EAOK_Mustjala_kogudus, lk 3
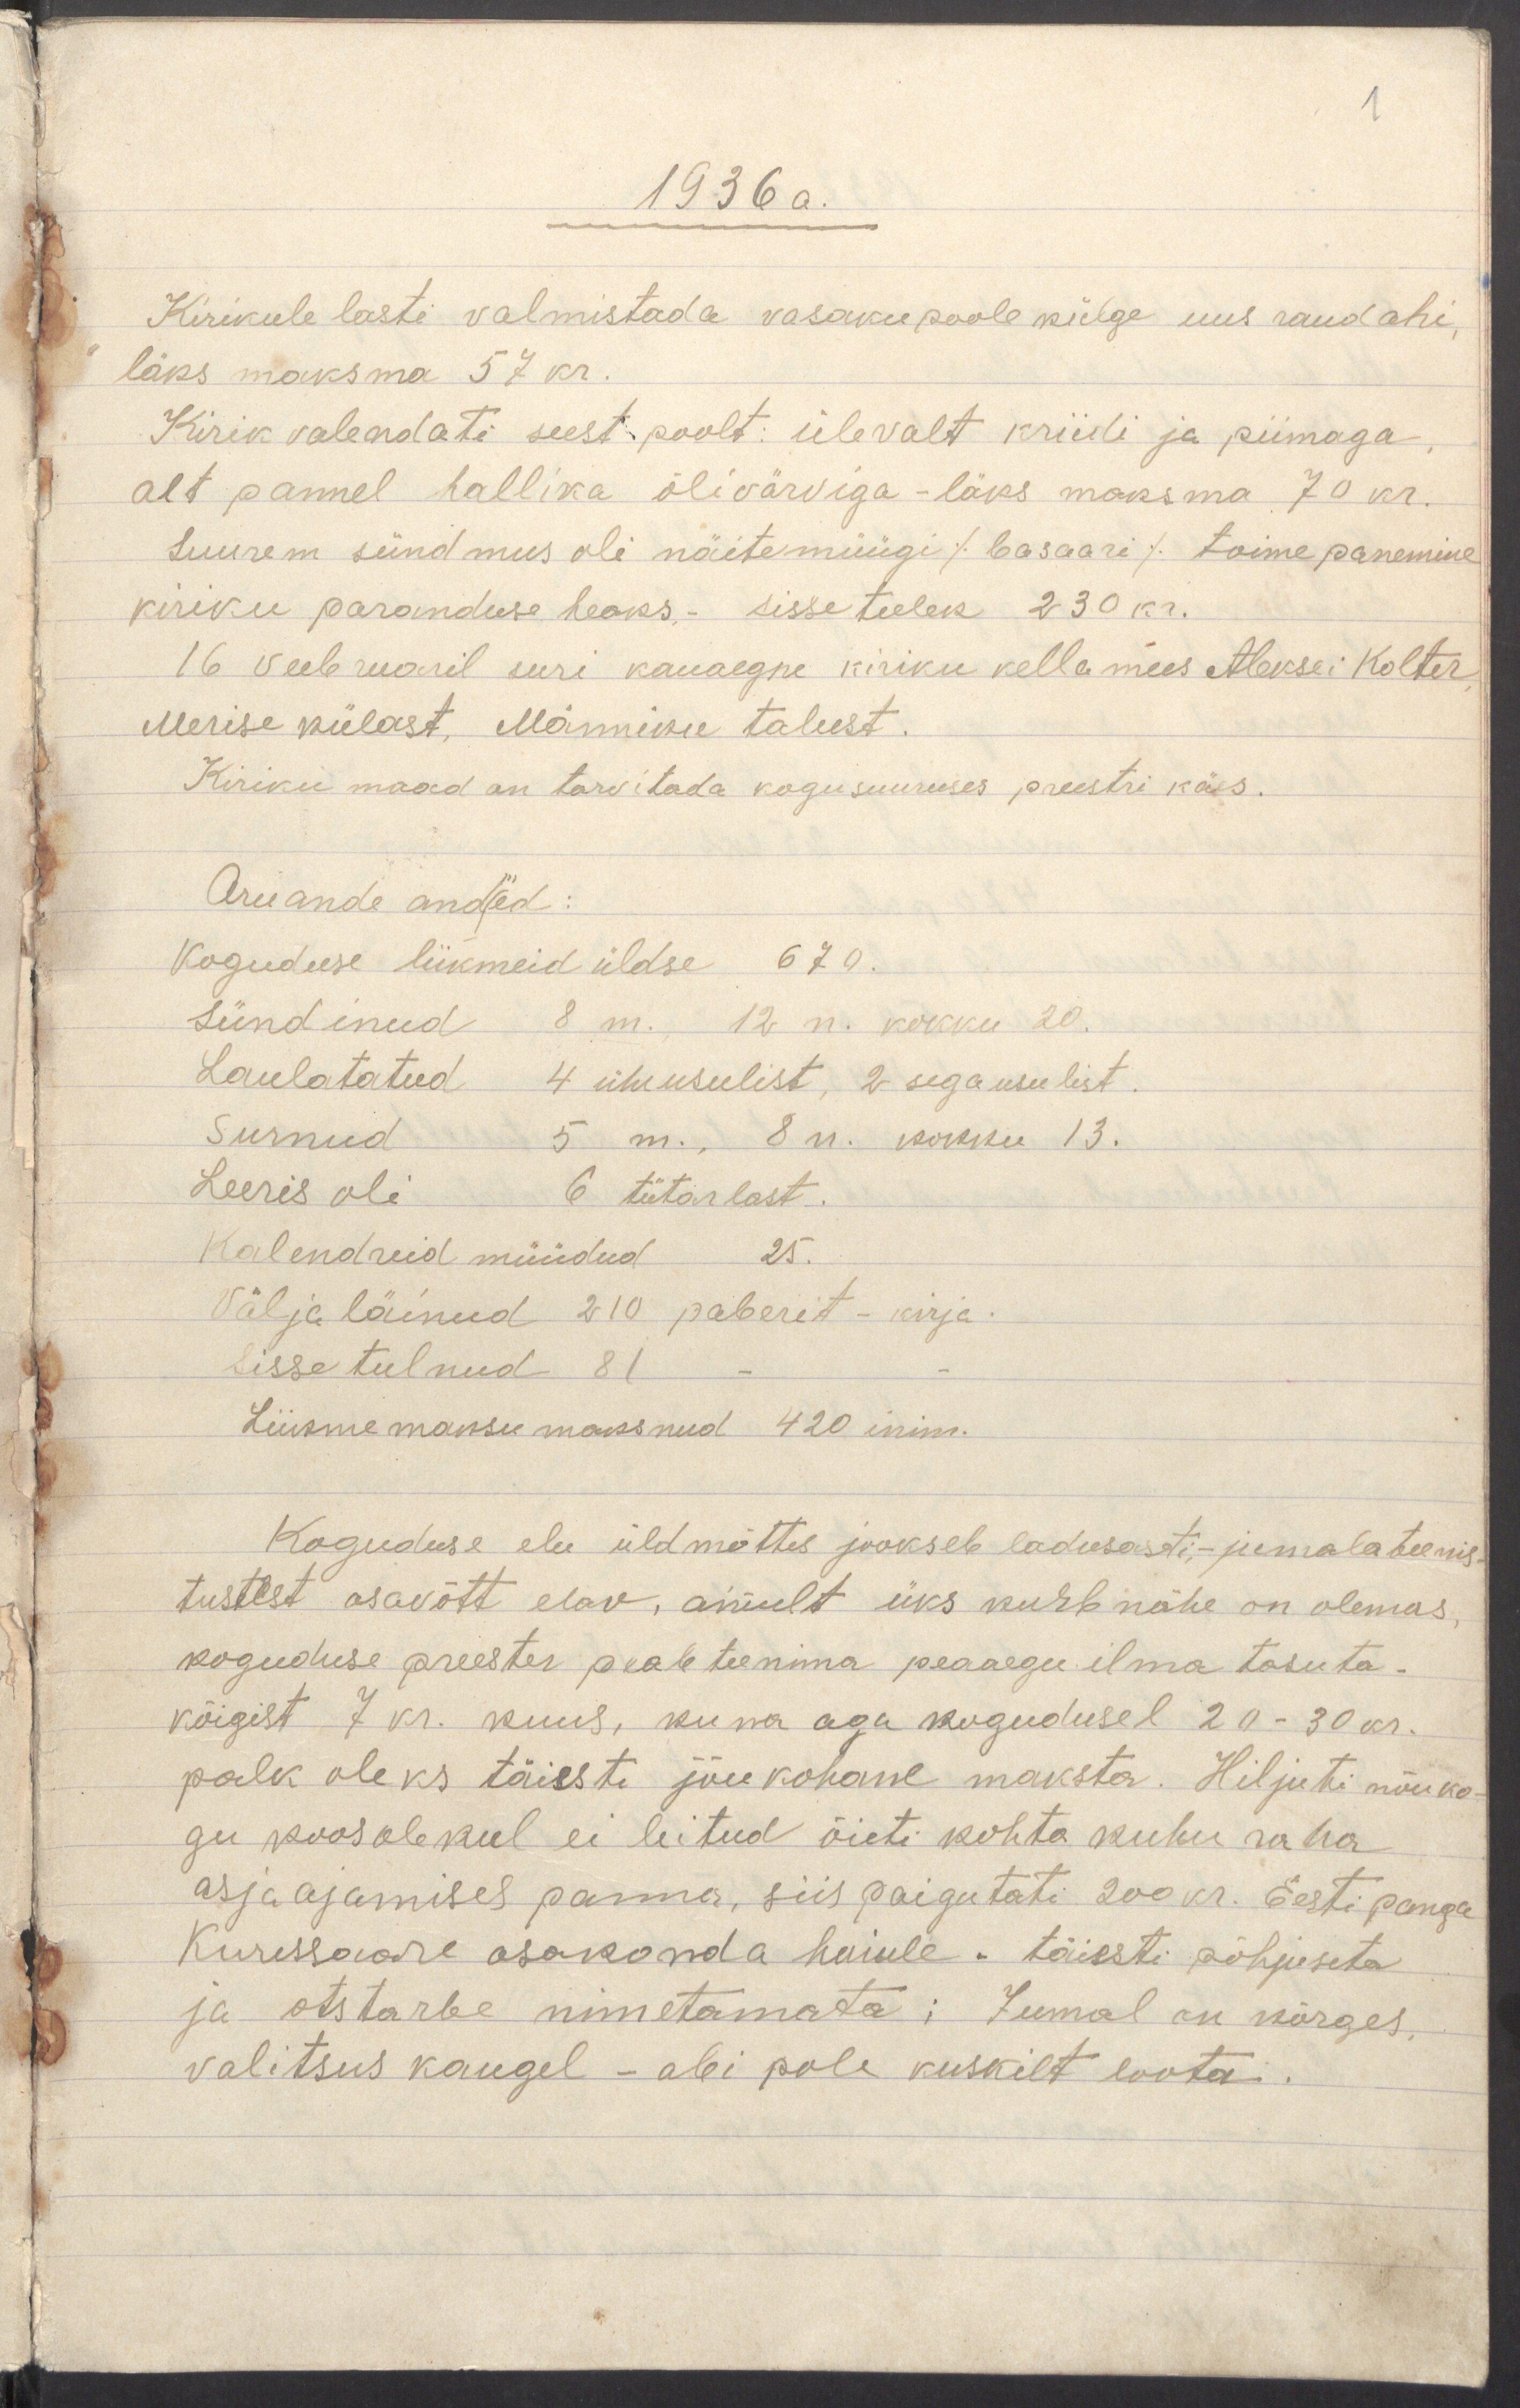
1
1936 a.
Kirikule lasti valmistada vasakupoole külge uus raudahi,
läks maksma 57 kr.
Kirik valendati seest poolt: ülevalt kriidi ja piimaga,
alt pannel hallika õlivärviga - läks maksma 70 kr.
Suurem sündmus oli näitemüügi /basaari/ toimepanemine
kiriku paranduse heaks,- sissetulek 230 kr.
16 veebruaril suri kauaegne kiriku kellamees Aleksei Kolter,
Merise külast, Männiku talust.
Kiriku maad on tarvitada kogusuuruses preestri käes.
Aruande andmed:
Koguduse liikmeid üldse 670.
Sündinud 8 m., 12 n. kokku 20.
Laulatatud 4 üheusulist, 2 segausulist.
Surnud 5 m., 8 n. kokku 13.
Leeris oli 6 tütarlast.
Kalendreid müüdud 25.
Välja läinud 210 paberit - kirja.
Sisse tulnud 81 - -
Liikmemaksu maksnud 420 inim.
Koguduse elu üldmõttes jookseb ladusasti,- jumalateenis-
tustest osavõtt elav, ainult üks kurb nähe on olemas,
koguduse preester peab teenima peaaegu ilma tasuta,
kõigist 7 kr. kuus, kuna aga kogudusel 20-30 kr.
palk oleks täiesti jõukohane maksta. Hiljuti nõuko-
gu koosolekul ei leitud õieti kohta kuhu raha
asjaajamises panna, siis paigutati 200 kr. Eesti panga
Kuressaare osakonda hoiule - täiesti põhjuseta
ja otstarbe nimetamata; Jumal on kõrges,
valitsus kaugel - abi pole kuskilt loota.